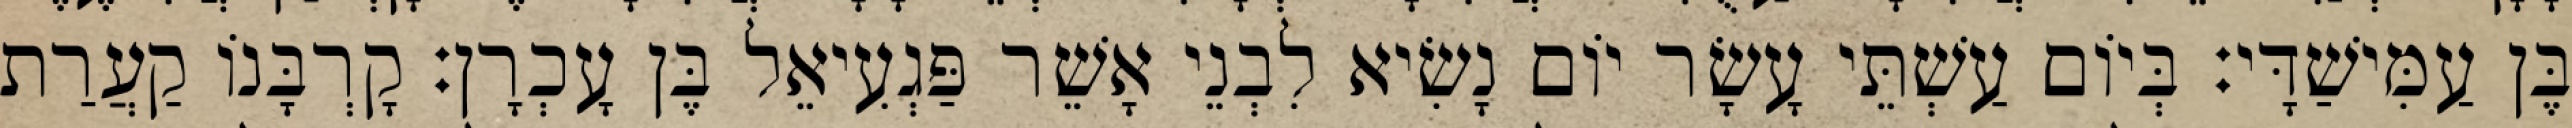
בֶּן עַמִּישַׁדָּי׃ בְּיוֹם עַשְׁתֵּי עָשָׂר יוֹם נָשִׂיא לִבְנֵי אָשֵׁר פַּגְעִיאֵל בֶּן עָכְרָן׃ קָרְבָּנוֹ קַעֲרַת